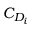
\ C _ { D _ { i } }